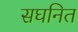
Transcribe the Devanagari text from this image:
सघनित